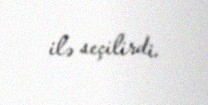
ilə seçilirdi.